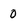
Character: 0